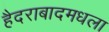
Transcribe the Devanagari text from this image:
हैदराबादमधला